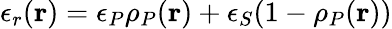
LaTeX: \epsilon_{r}({\mathbf r})=\epsilon_{P}\rho_{P}({\mathbf r})+\epsilon_{S}(1-\rho_{P}({\mathbf r}))